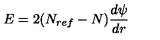
E = 2 ( N _ { r e f } - N ) \frac { d \psi } { d r }